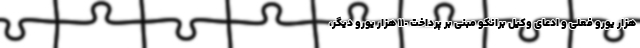
هزار یورو فعلی و ادعای وکیل برانکو مبنی بر پرداخت ١١٠ هزار یورو دیگر،